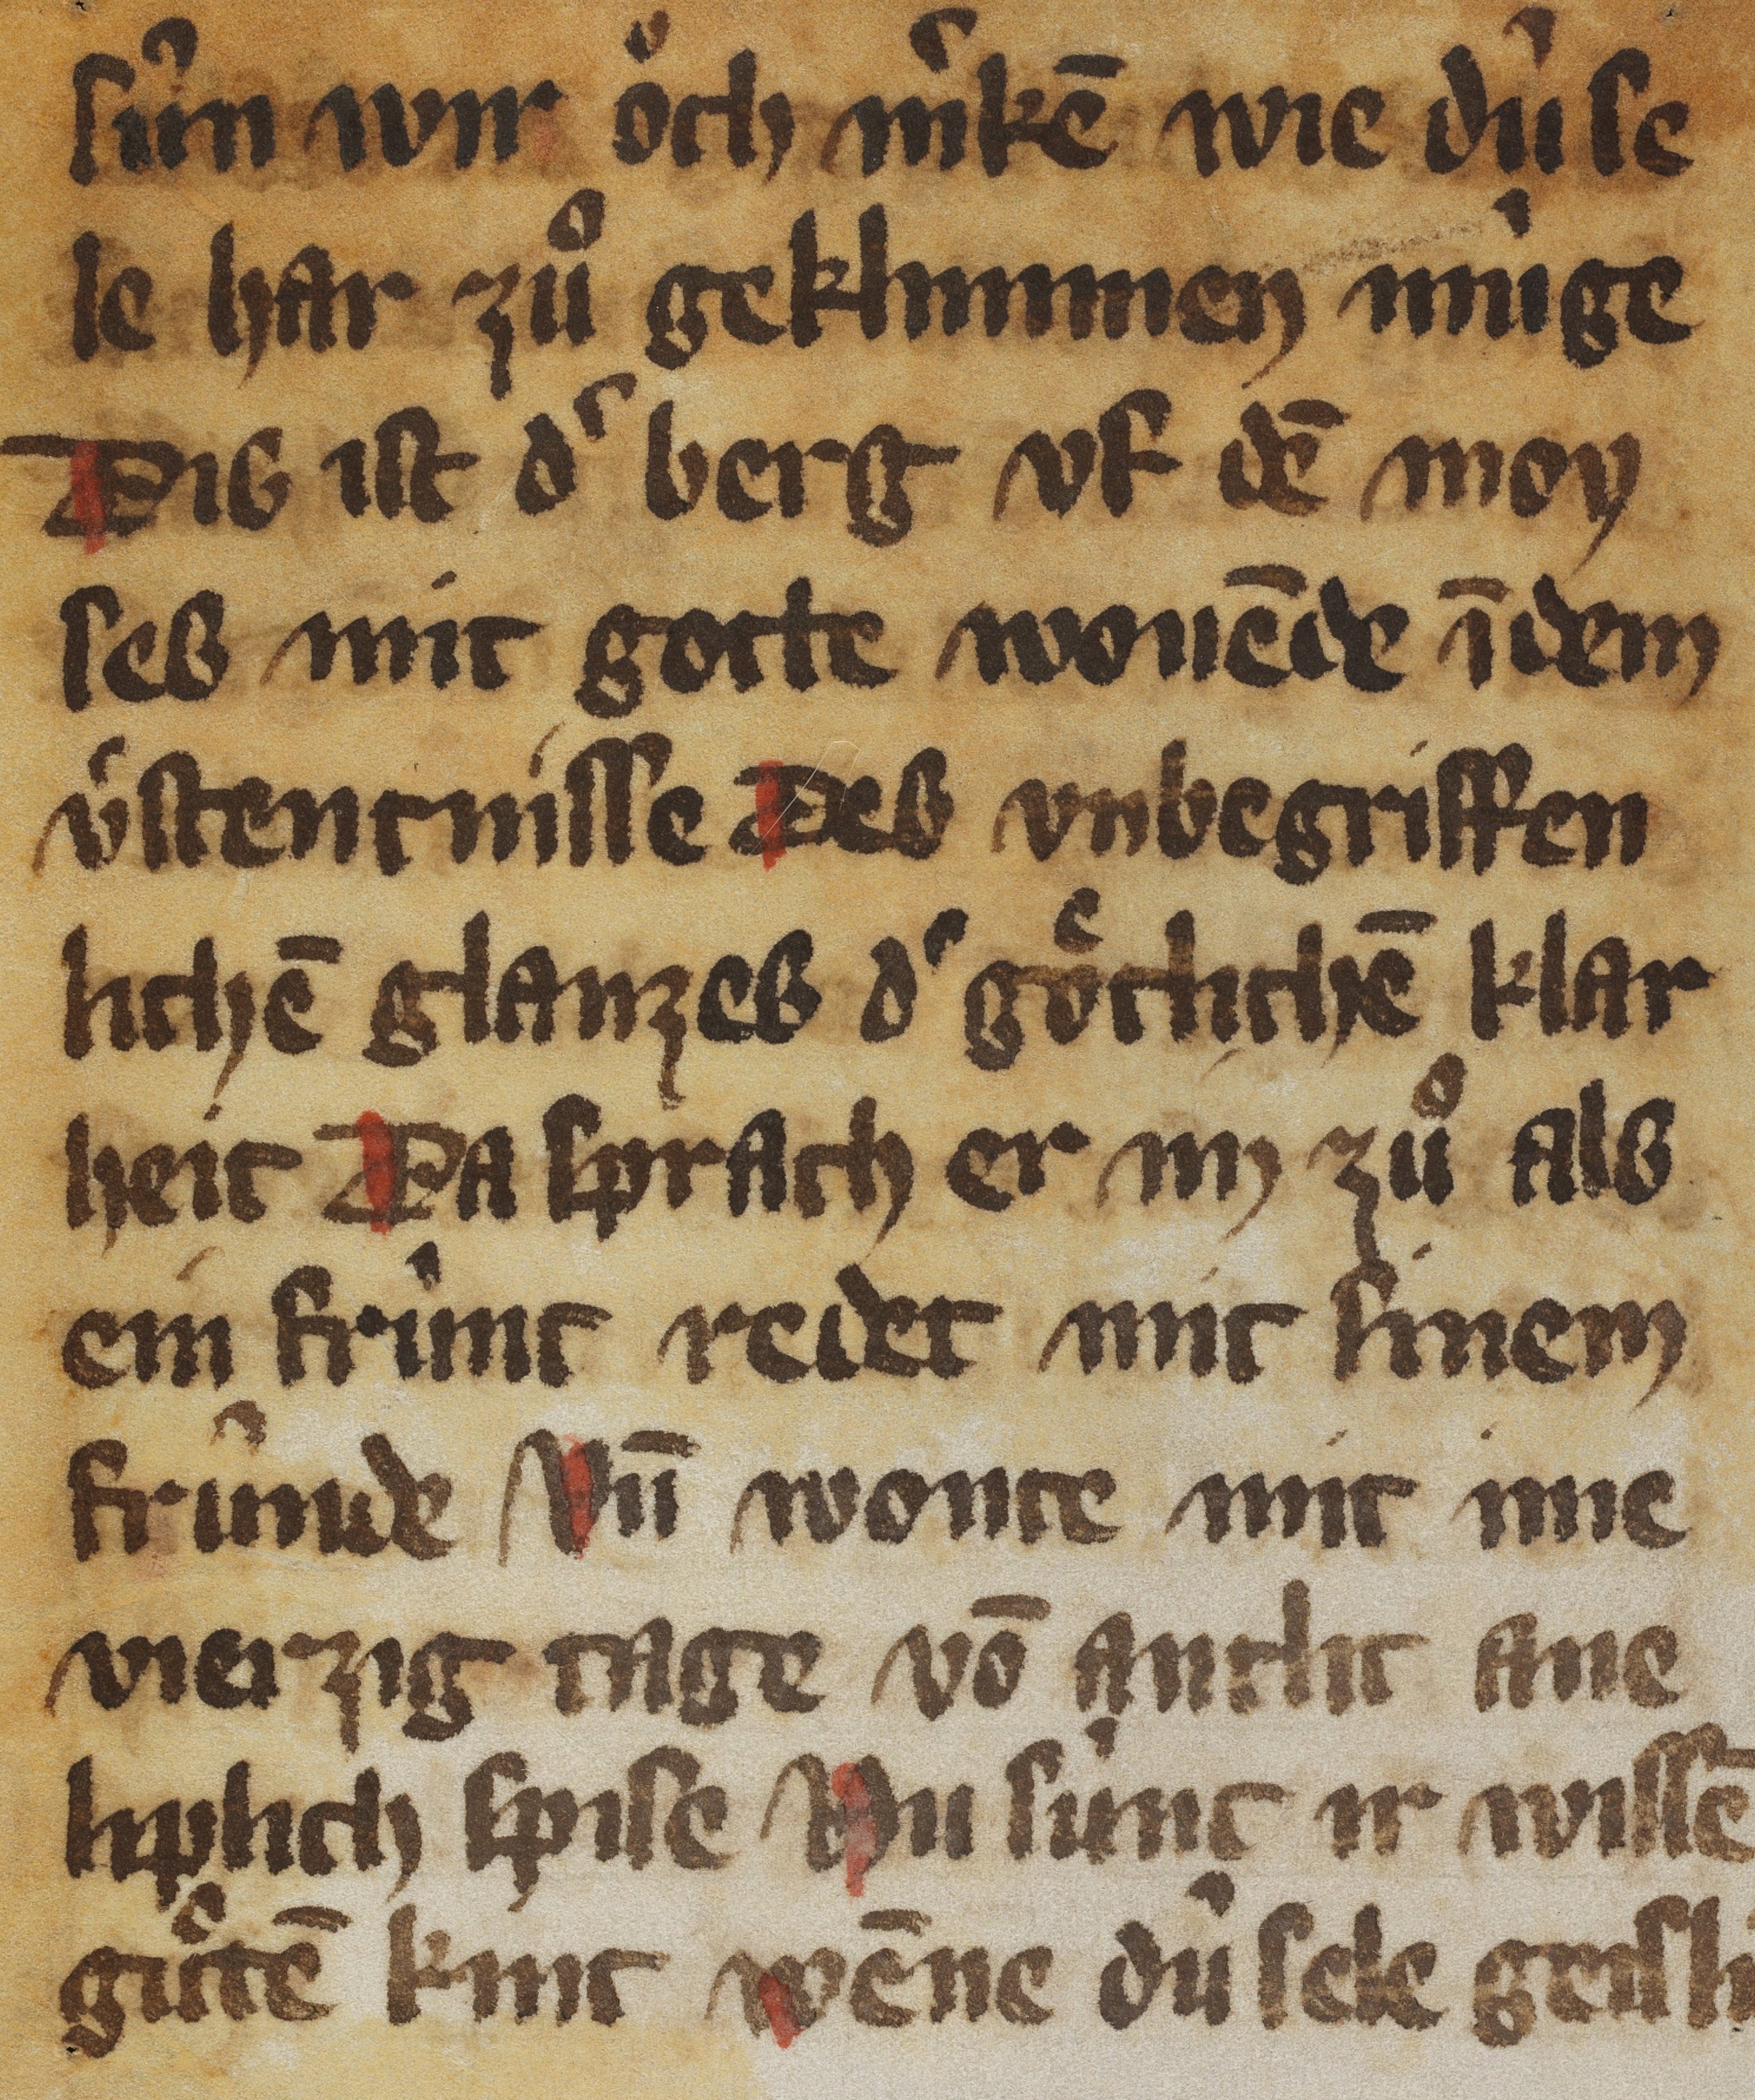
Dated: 1350–1399